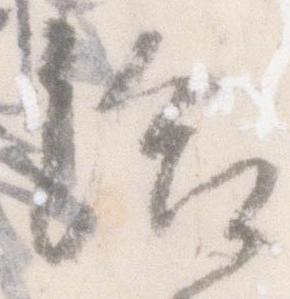
給